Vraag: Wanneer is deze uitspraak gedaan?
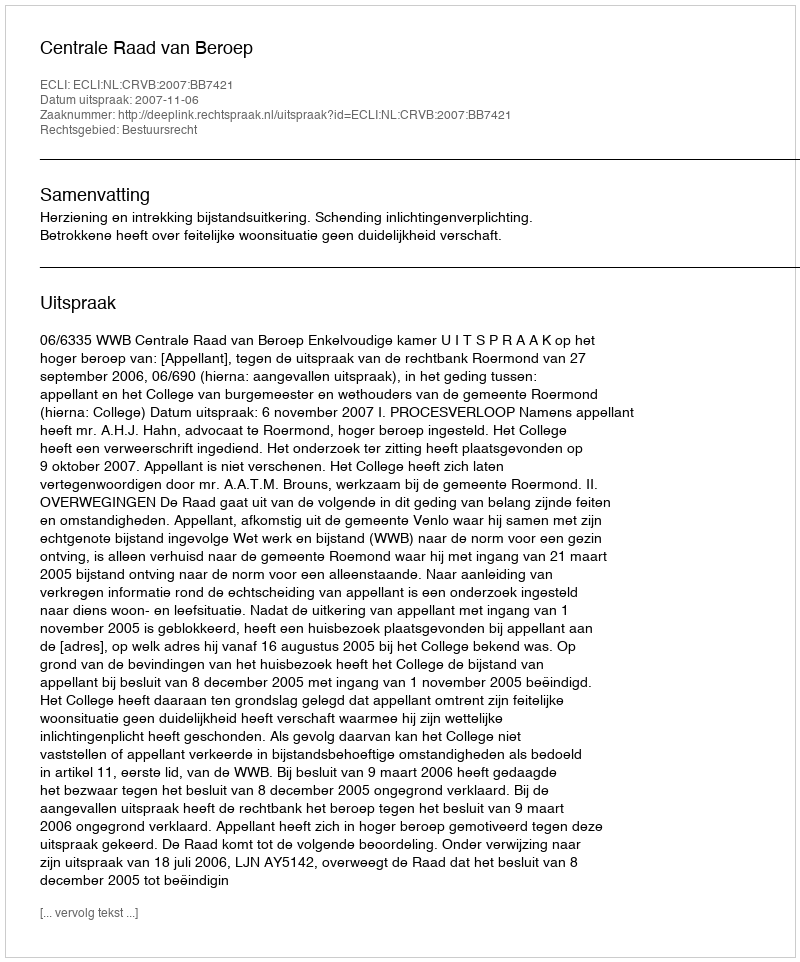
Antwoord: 2007-11-06